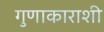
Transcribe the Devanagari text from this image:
गुणाकाराशी